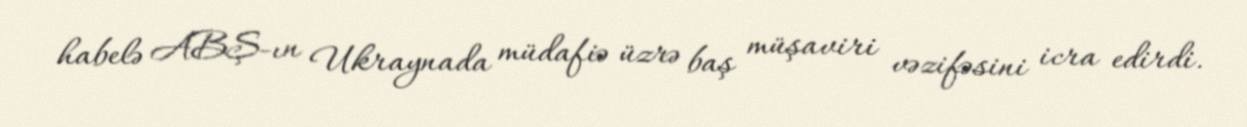
habelə ABŞ-ın Ukraynada müdafiə üzrə baş müşaviri vəzifəsini icra edirdi.